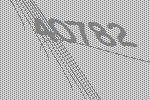
40782